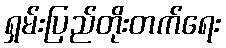
ရှမ်းပြည်တိုးတက်ရေး